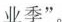
，业李”，